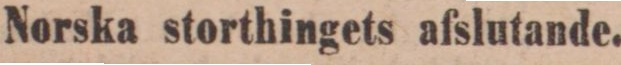
Norska storthingets afslutande.